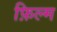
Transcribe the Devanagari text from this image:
फ़िल्म